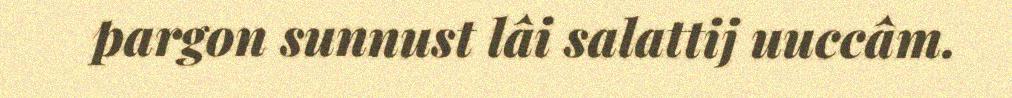
pargon sunnust lâi salattij uuccâm.